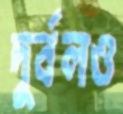
দুর্বলও